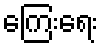
ကြေးရေး